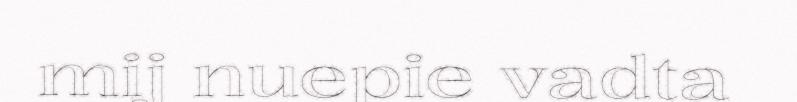
mij nuepie vadta